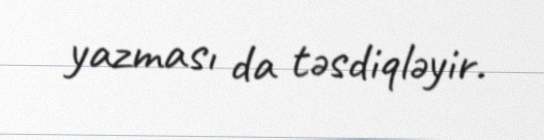
yazması da təsdiqləyir.